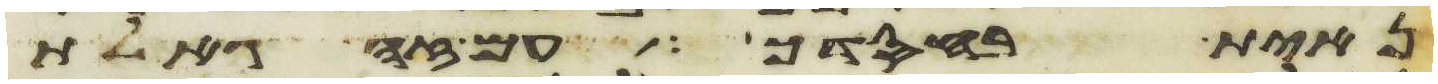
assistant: נחית בחסדך עם זה גאלת